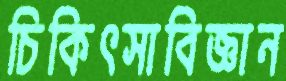
চিকিৎসাবিজ্ঞান